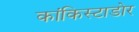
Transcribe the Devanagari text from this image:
कांकिस्टाडोर